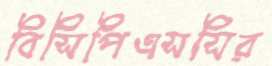
বিসিপিএসসির